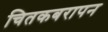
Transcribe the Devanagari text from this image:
चितकबरापन